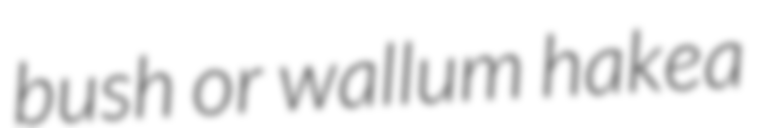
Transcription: bush or wallum hakea